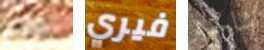
يمنعهم فيري شاحبة